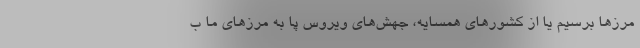
مرزها برسیم یا از کشورهای همسایه، جهش‌های ویروس پا به مرزهای ما ب